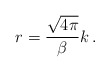
\begin{align*}r=\frac{\sqrt{4\pi }}{\beta }k\, .\end{align*}